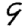
Digit: 9